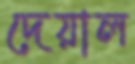
দেয়াল